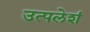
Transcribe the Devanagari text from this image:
उत्पलेशं